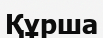
Құрша